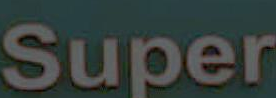
Super